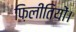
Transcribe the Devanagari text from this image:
फ़िलीतियों।